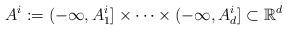
LaTeX: \begin{align*}A^i:=(-\infty,A^i_1]\times\cdots\times(-\infty,A^i_d]\subset\mathbb{R}^d\end{align*}